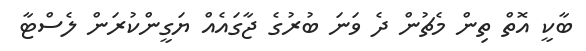
ބާކީ އޮތް ތިން މެޗުން ދެ ވަނަ ބުރުގެ ޖާގައެއް ޔަގީންކުރަން ލެސްޓާ